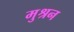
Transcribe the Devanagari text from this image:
मुश्रन